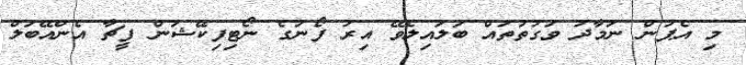
މި އެޕުން ނަމާދު ވަގުތުތައް ބަލައިލެވޭ އިރު ފޯނުގެ ނޯޓިފިކޭޝަން ފީޗާ އެންއޭބަލް